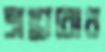
শ্রদ্ধাবোধ